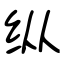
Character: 纵